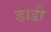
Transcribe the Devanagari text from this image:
डाडी